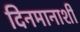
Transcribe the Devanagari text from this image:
दिनमानाशी